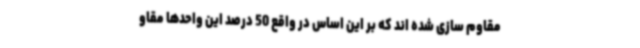
مقاوم سازی شده اند که بر این اساس در واقع 50 درصد این واحدها مقاو